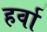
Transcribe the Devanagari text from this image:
हर्वा